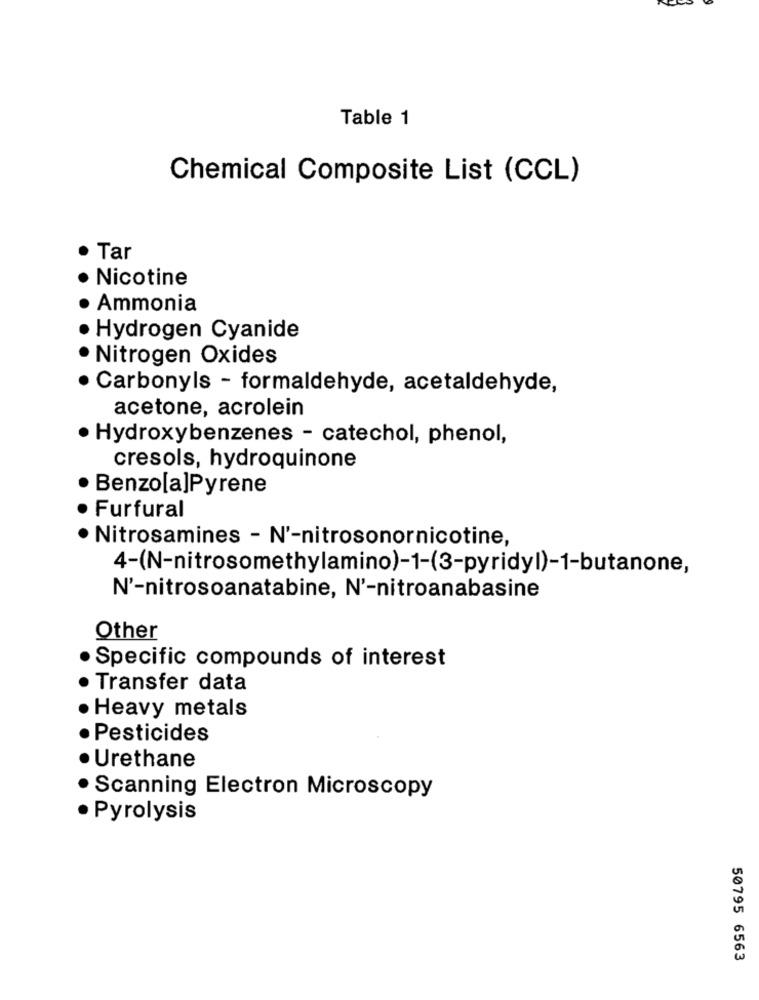
Table 1
Chemical Composite List (CCL)
Tar
Nicotine
Ammonia
Hydrogen Cyanide
Nitrogen Oxides
· Carbonyls - formaldehyde, acetaldehyde,
acetone, acrolein
· Hydroxybenzenes - catechol, phenol,
cresols, hydroquinone
Benzo[a]Pyrene
Furfural
· Nitrosamines - N'-nitrosonornicotine,
4-(N-nitrosomethylamino)-1-(3-pyridyl)-1-butanone,
N'-nitrosoanatabine, N'-nitroanabasine
Other
· Specific compounds of interest
Transfer data
Heavy metals
· Pesticides
· Urethane
· Scanning Electron Microscopy
· Pyrolysis
50795 6563